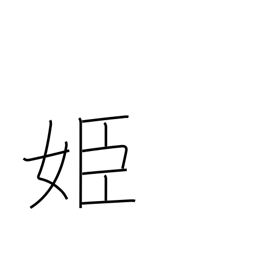
Meaning: princess